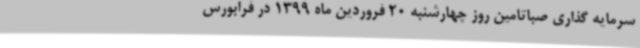
سرمایه گذاری صباتامین روز چهارشنبه 20 فروردین ماه 1399 در فرابورس